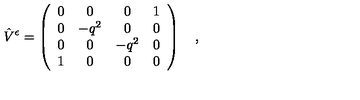
\hat { V } ^ { \epsilon } = \left( \begin{array} { c c c c } { 0 } & { 0 } & { 0 } & { 1 } \\ { 0 } & { - q ^ { 2 } } & { 0 } & { 0 } \\ { 0 } & { 0 } & { - q ^ { 2 } } & { 0 } \\ { 1 } & { 0 } & { 0 } & { 0 } \\ \end{array} \right) \quad , \quad